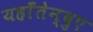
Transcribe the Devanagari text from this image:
यहाँतेन्दुए